Report on the working of the mental hospitals for Indians in Bihar and Orissa - 1925-1929
Year: 1925
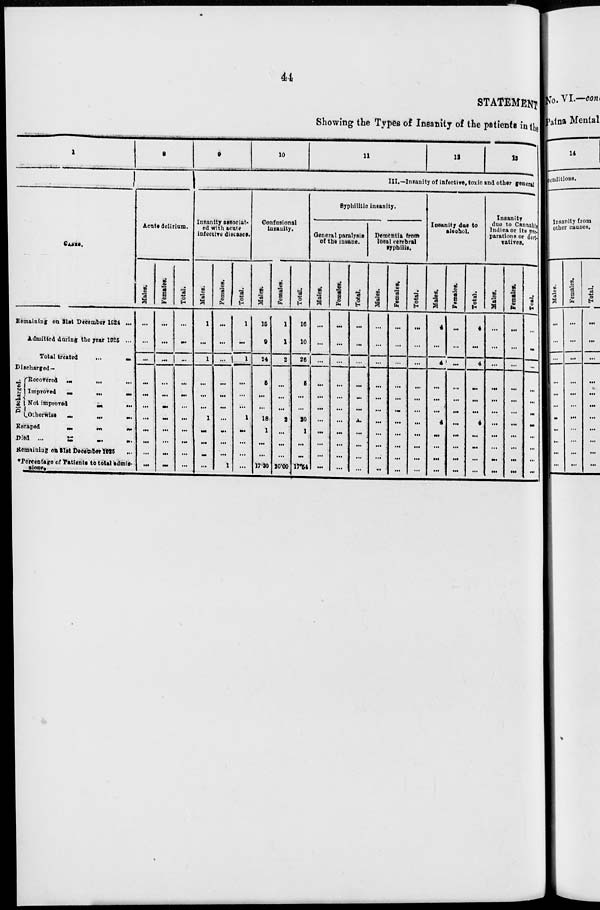
44
STATEMENT
Showing the Types of Insanity of the patients in the
1
CASES.
Remaining on 31st December 1924 ...
Admitted during the year 1925 ...
Total treated
...
...
Discharged—
Discharged.
Recovered ... ... ...
Improved
...
...
...
Not improved
...
...
Otherwise
...
...
...
Escaped
...
...
...
Died
...
...
...
...
Remaining on 31st December 1925 ...
*Percentage of Patients to total admis-
sions.
8
Acute delirium.
Males.
...
...
...
...
...
...
...
...
...
...
...
Females.
...
...
...
...
...
...
...
...
...
...
...
Total.
...
...
...
...
...
...
...
...
...
...
...
9
10
11
12
13
III.—Insanity of infective, toxic and other general
Insanity associat-
ed with acute
infective diseases.
Males.
1
...
1
...
...
...
1
...
...
...
...
Females.
...
...
... 1
...
...
...
...
...
...
...
1
Total.
1
...
1
...
...
...
1
...
...
...
...
Confusional
insanity.
Males.
15
9
24
5
...
...
18
1
...
...
17.30
Females.
1
1
2
...
...
...
2
...
...
...
20.00
Total.
16
10
26
5
...
...
20
1
...
...
17.54
Syphilitic insanity.
General paralysis
of the insane.
Males.
...
...
...
...
...
...
...
...
...
...
...
Females.
...
...
...
...
...
...
...
...
...
...
...
Total.
...
...
...
...
...
...
...
...
...
...
...
Dementia from
local cerebral
syphilis.
Males.
...
...
...
...
...
...
...
...
...
...
...
Females.
...
...
...
...
...
...
...
...
...
...
...
Total.
...
...
...
...
...
...
...
...
...
...
...
Insanity due to
alcohol.
Males.
4
...
4
...
...
...
4
...
...
...
...
Females.
...
...
...
...
...
...
...
...
...
...
...
Total.
4
...
4
...
...
...
4
...
...
...
...
Insanity
due to Cannabis
Indica or its pre-
parations or deri-
vatives.
Males.
...
...
...
...
...
...
...
...
...
...
...
Females.
...
...
...
...
...
...
...
...
...
...
...
Total.
...
...
...
...
...
...
...
...
...
...
...